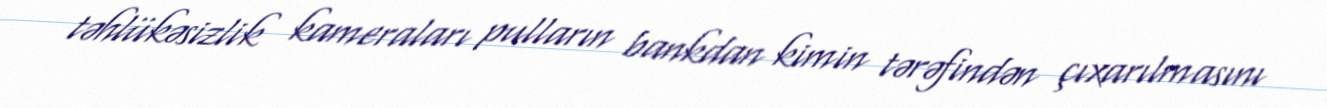
təhlükəsizlik kameraları pulların bankdan kimin tərəfindən çıxarılmasını